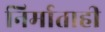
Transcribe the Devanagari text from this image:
निर्माताही